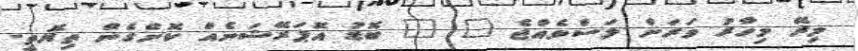
މިރޭ މިހާރު ވަރަށް ލަސްވެއްޖެ " " ބޮޑު އޮޕަރޭޝަނެއް ކޮށްގެން ތިޔޮތީ.